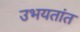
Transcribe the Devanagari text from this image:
उभयतांत